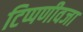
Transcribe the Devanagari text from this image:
टिप्पणीवजा